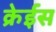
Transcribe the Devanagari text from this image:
क्रेईस